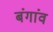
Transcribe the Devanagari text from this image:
बंगांव